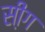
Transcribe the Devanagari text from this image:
सी़ंग